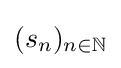
(s_{n})_{n\in \mathbb {N} }